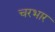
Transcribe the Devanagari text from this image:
चरभार